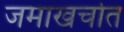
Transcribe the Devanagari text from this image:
जमाखर्चात